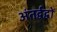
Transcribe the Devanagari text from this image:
अंतर्द्वद्वों